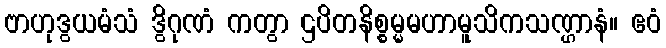
ဗာဟုဒွယမံသံ ဒွိဂုဏံ ကတွာ ဌပိတနိစ္စမ္မမဟာမူသိကသဏ္ဌာနံ။ ဧဝံ